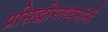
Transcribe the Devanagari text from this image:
प्रसिद्धीमाध्यमांनी